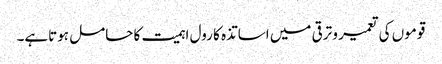
قوموں کی تعمیر و ترقی میں اساتذہ کا رول اہمیت کا حامل ہوتاہے۔